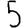
Digit: 5